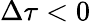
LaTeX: \Delta\tau<0